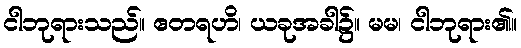
ငါဘုရားသည်။ ဧတရဟိ၊ ယခုအခါ၌။ မမ၊ ငါဘုရား၏။